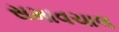
સમાવચાલ